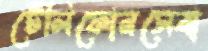
টেলিফোনসেবা